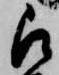
被